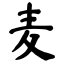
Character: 麦